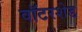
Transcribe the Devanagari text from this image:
वॉटरशेड